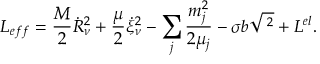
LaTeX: { \cal L } _ { e f f } = \frac M 2 \dot { R } _ { \nu } ^ { 2 } + \frac \mu 2 \dot { \xi } _ { \nu } ^ { 2 } - \sum _ { j } \frac { m _ { j } ^ { 2 } } { 2 \mu _ { j } } - \sigma b \sqrt { { \bf \xi } ^ { 2 } } + { \cal L } ^ { e l } .